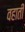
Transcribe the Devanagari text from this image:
वहाती